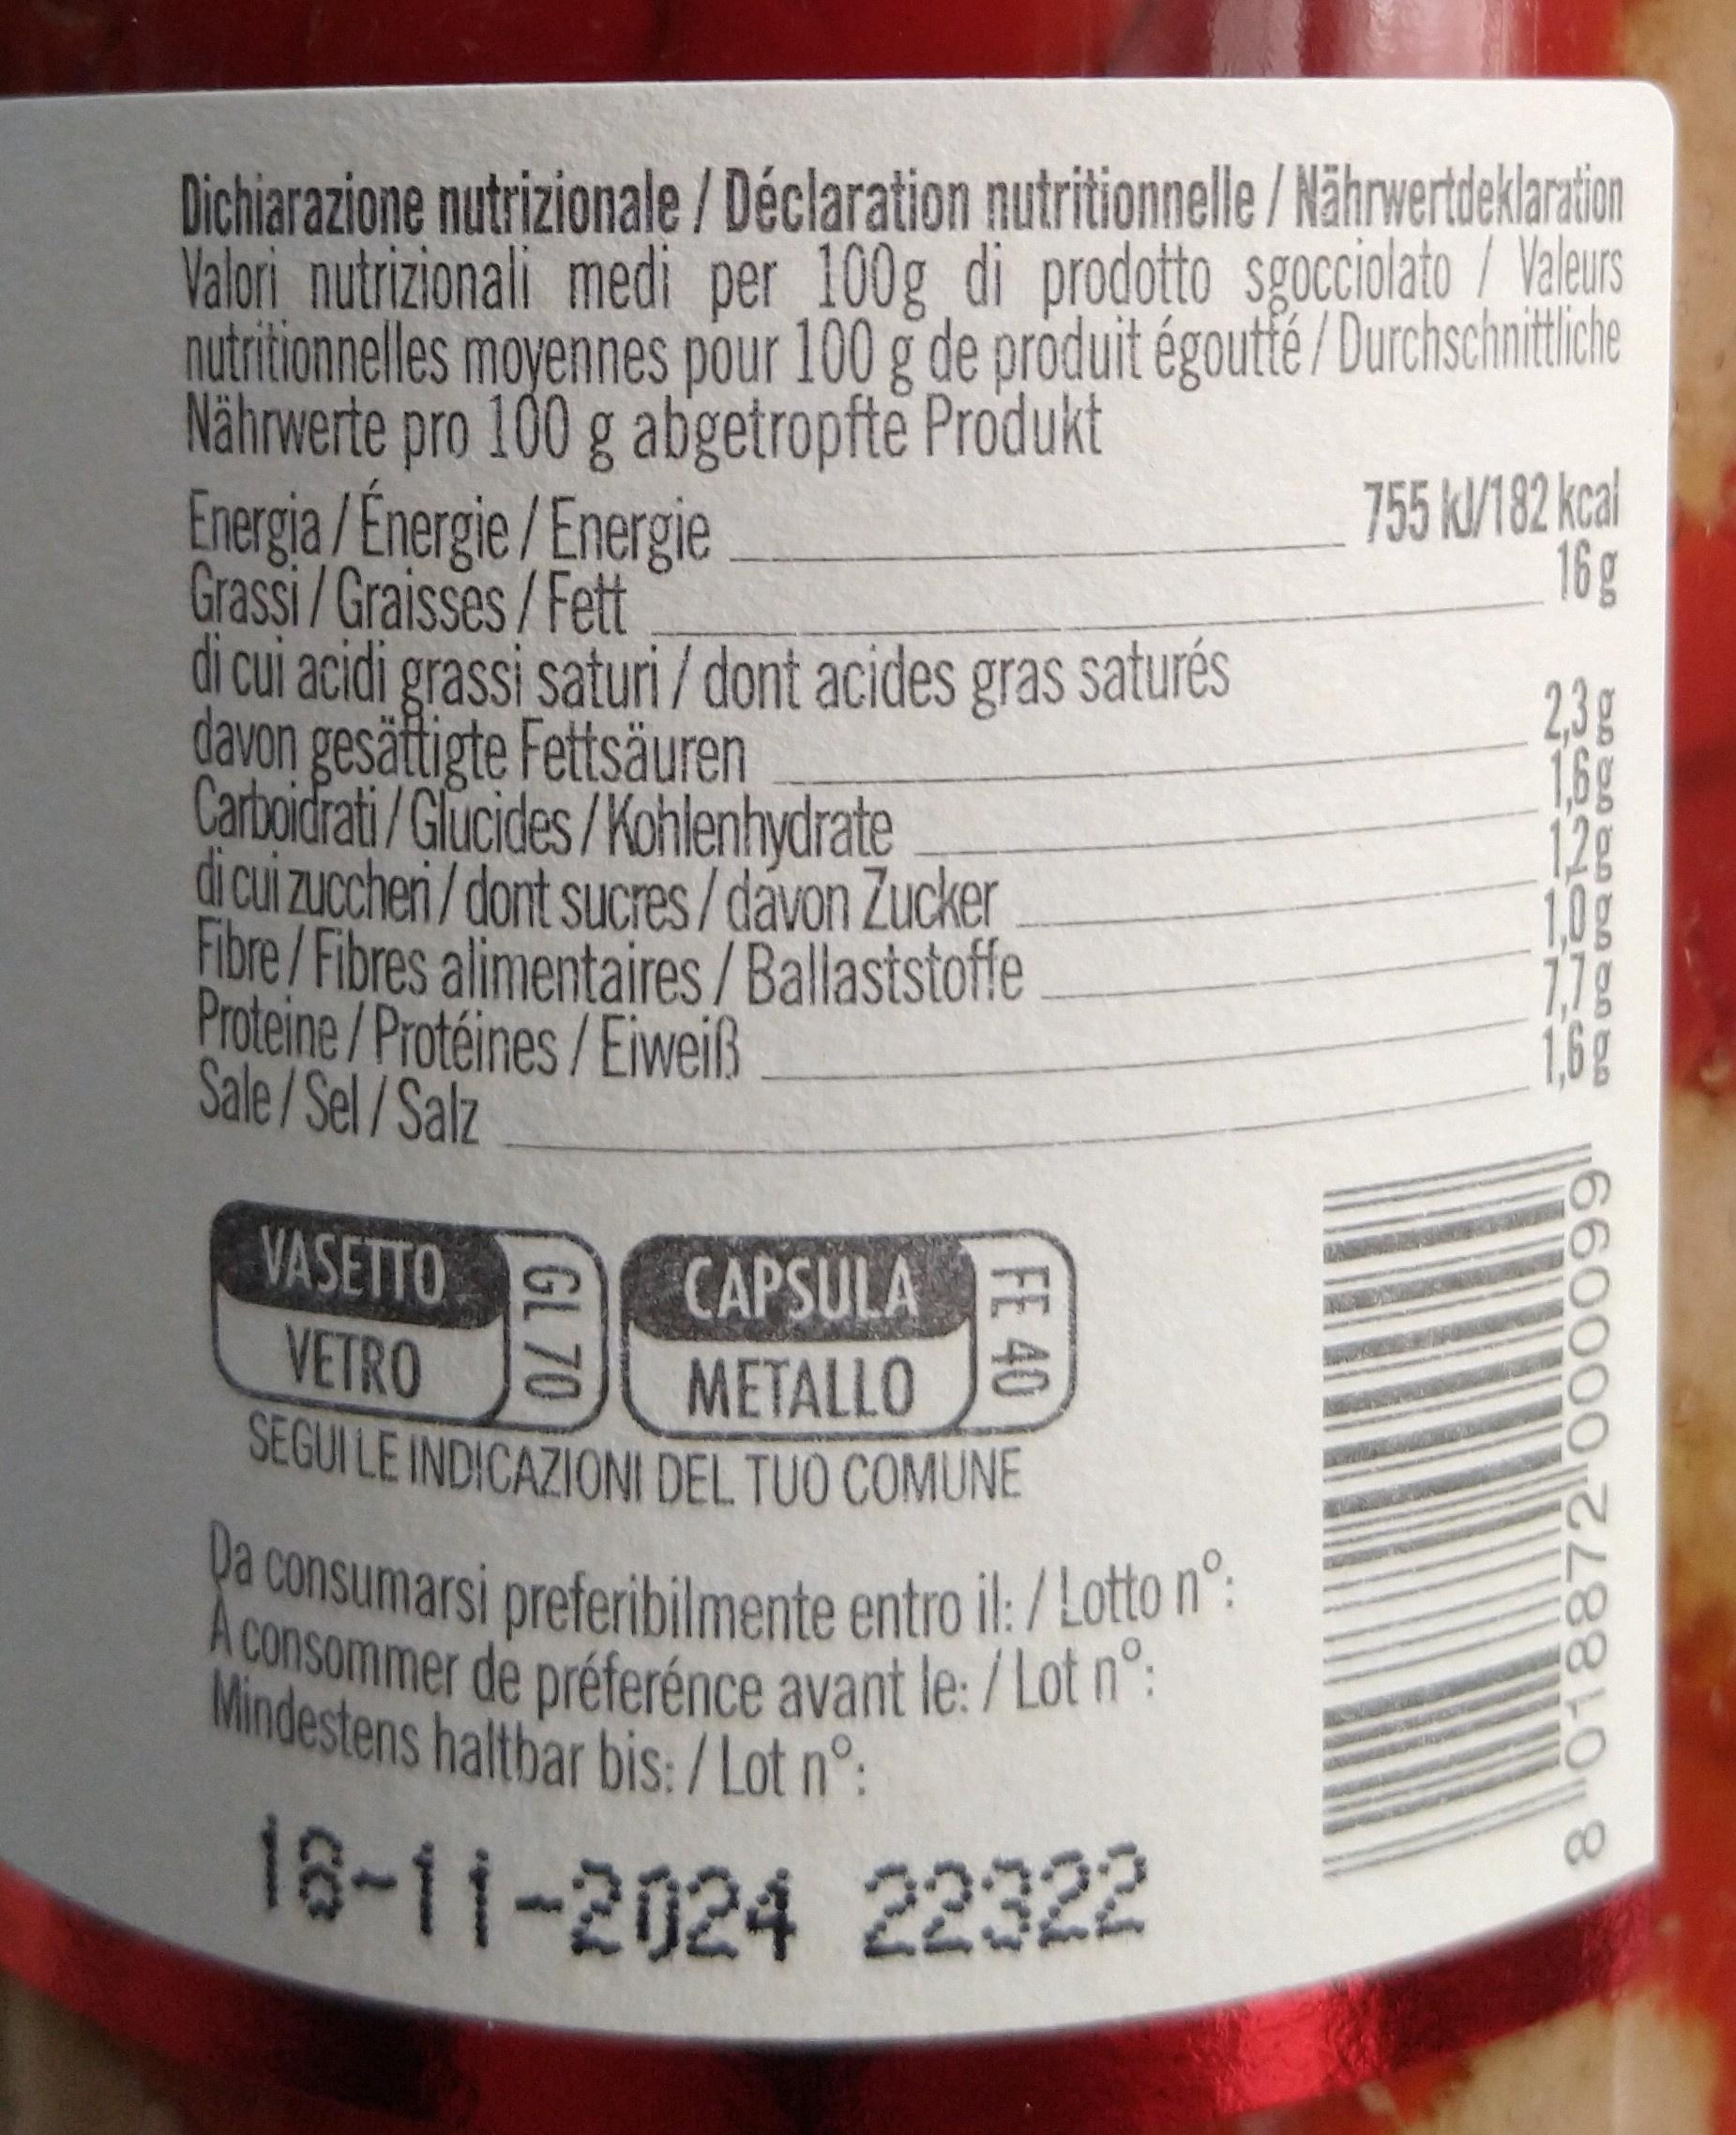
Dichiarazione nutrizionale / Déclaration nutritionnelle/Nährwertdeklaration Valori nutrizionali medi per 100g di prodotto sgocciolato/ Valeurs nutritionnelles moyennes pour 100 g de produit égoutté / Durchschnittliche Nährwerte pro 100 g abgetropfte Produkt
Energia / Énergie/Energie Grassi/Graisses / Fett
di cui acidi grassi saturi/ dont acides gras saturés davon gesättigte Fettsäuren Carboidrati/Glucides/Kohlenhydrate
di cui zuccheri/dont sucres/davon Zucker Fibre/Fibres alimentaires/Ballaststoffe Proteine/Protéines/Eiweiß Sale/Sel/Salz
VASETTO VETRO
CAPSULA METALLO
SEGUI LE INDICAZIONI DEL TUO COMUNE
GL 70
FE 40
Da consumarsi preferibilmente entro il: / Lotto nº: A consommer de préferénce avant le: / Lot nº:
Mindestens haltbar bis: / Lot nº:
18-11-2024 22322
755 kJ/182 kcal 16 g
2,3g 1,6g 1,2g 1,0g 1.7g
totodas as a 60
1,6g
8 018872 000099